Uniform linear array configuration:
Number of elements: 8
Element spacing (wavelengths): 0.75
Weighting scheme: hann
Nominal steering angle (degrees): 0
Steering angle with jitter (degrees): -0.3796
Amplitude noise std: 0.05
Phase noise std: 0.05

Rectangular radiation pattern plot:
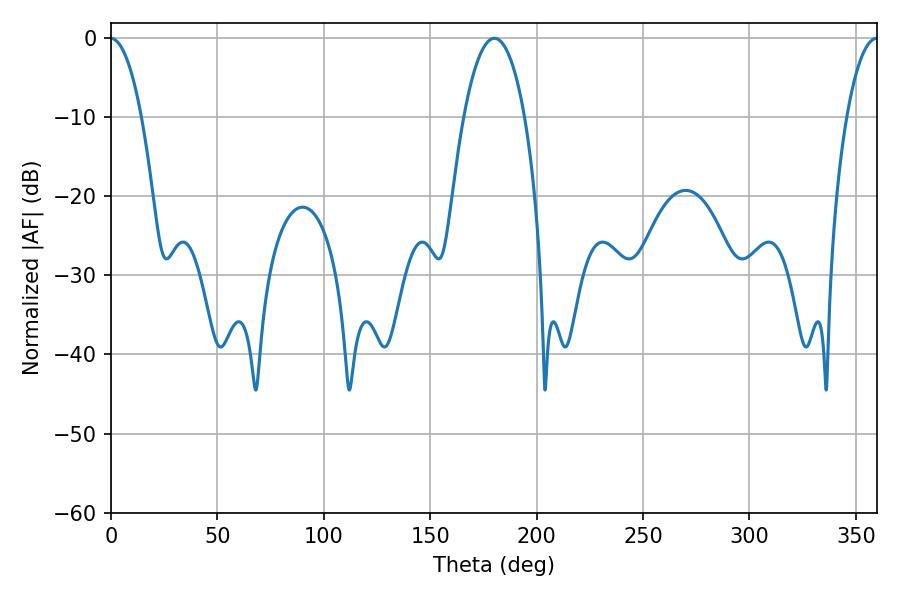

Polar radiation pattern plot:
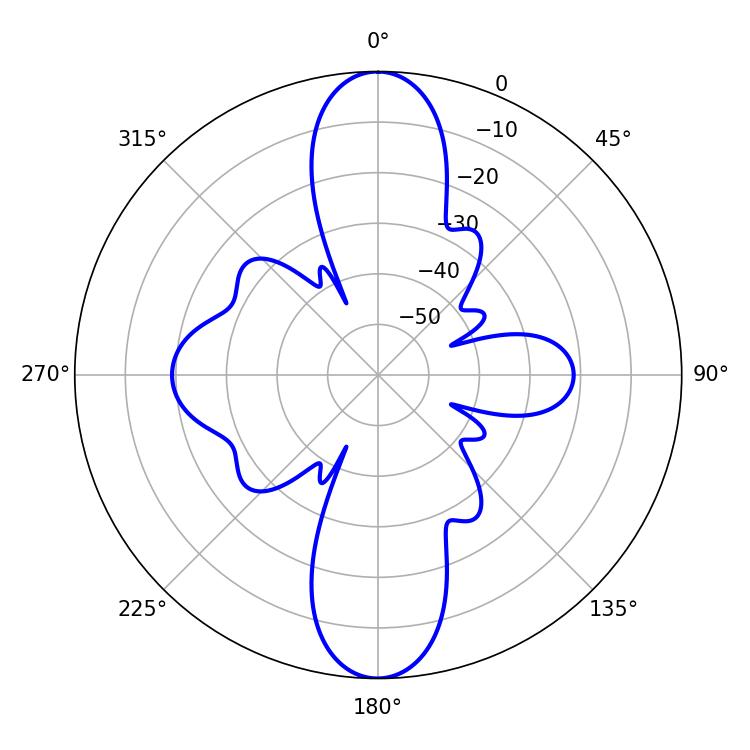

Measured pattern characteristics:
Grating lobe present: TRUE
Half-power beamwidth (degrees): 16.02
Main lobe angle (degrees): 180.18